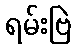
ရမ်းဗြဲ